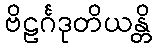
ဗိဠင်္ဂဒုတိယန္တိ